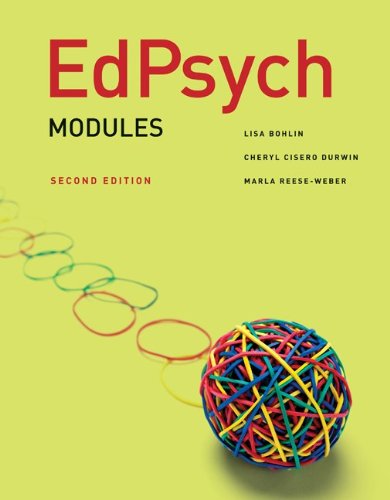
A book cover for EdPsych: Modules; Lisa Bohlin; Medical Books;